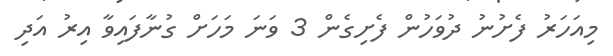
މިއަހަރު ފެށުނު ދުވަހުން ފެށިގެން 3 ވަނަ މަހަށް ގުނާފައިވާ އިރު އަދި